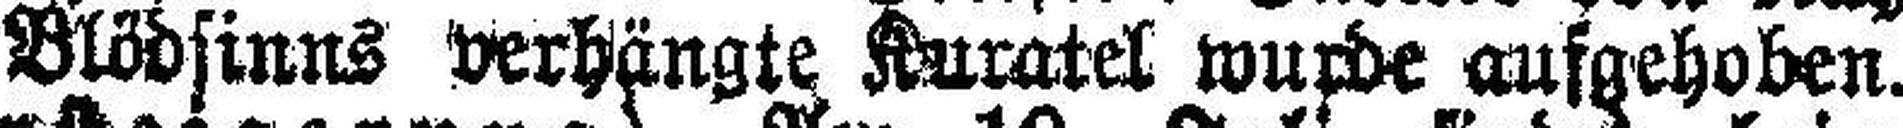
wegen Blödsinns Verhängte Kuratel wurde aufgehoben.